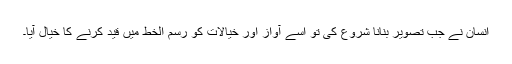
انسان نے جب تصویر بنانا شروع کی تو اسے آواز اور خیالات کو رسم الخط میں قید کرنے کا خیال آیا۔